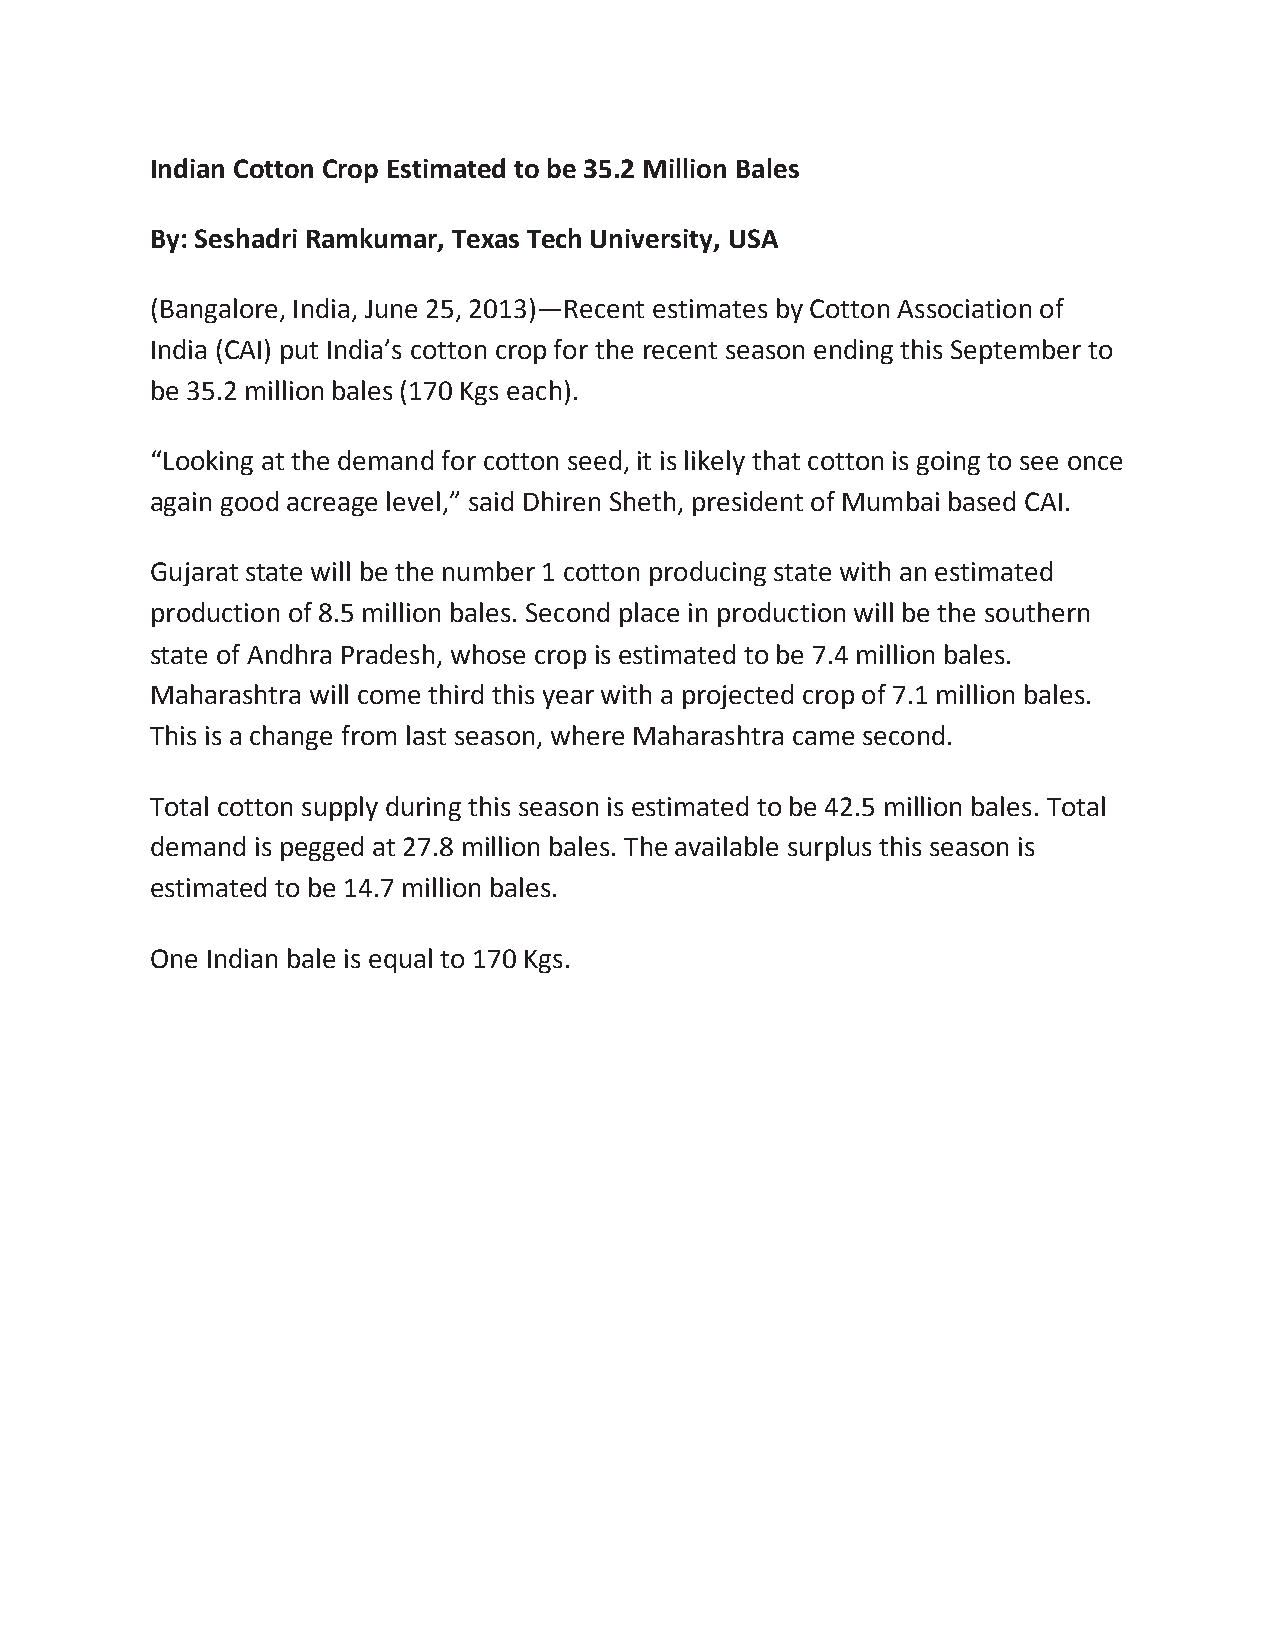
Indian Cotton Crop Estimated to be 35.2 Million Bales
 By: Seshadri Ramkumar, Texas Tech University, USA
 (Bangalore, India, June 25, 2013)—Recent estimates by Cotton Association of
 India (CAI) put India’s cotton crop for the recent season ending this September to
 be 35.2 million bales (170 Kgs each).
 “Looking at the demand for cotton seed, it is likely that cotton is going to see once
 again good acreage level,” said Dhiren Sheth, president of Mumbai based CAI.
 Gujarat state will be the number 1 cotton producing state with an estimated
 production of 8.5 million bales. Second place in production will be the southern
 state of Andhra Pradesh, whose crop is estimated to be 7.4 million bales.
 Maharashtra will come third this year with a projected crop of 7.1 million bales.
 This is a change from last season, where Maharashtra came second.
 Total cotton supply during this season is estimated to be 42.5 million bales. Total
 demand is pegged at 27.8 million bales. The available surplus this season is
 estimated to be 14.7 million bales.
 One Indian bale is equal to 170 Kgs.